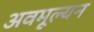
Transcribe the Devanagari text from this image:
अवमूल्‍यन